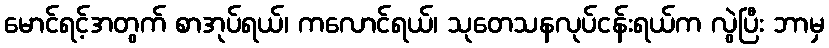
မောင်ရင့်အတွက် စာအုပ်ရယ်၊ ကလောင်ရယ်၊ သုတေသနလုပ်ငန်းရယ်က လွဲပြီး ဘာမှ